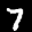
Label: 7